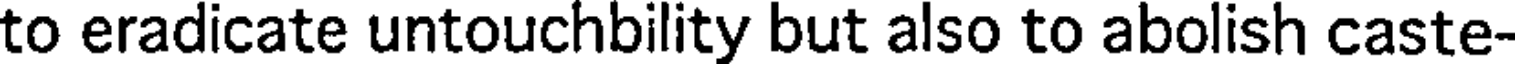
to eradicate untouchbility but also to abolish caste-